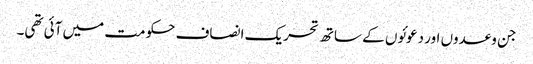
جن وعدوں اور دعوئوں کے ساتھ تحریک انصاف حکومت میں آئی تھی۔